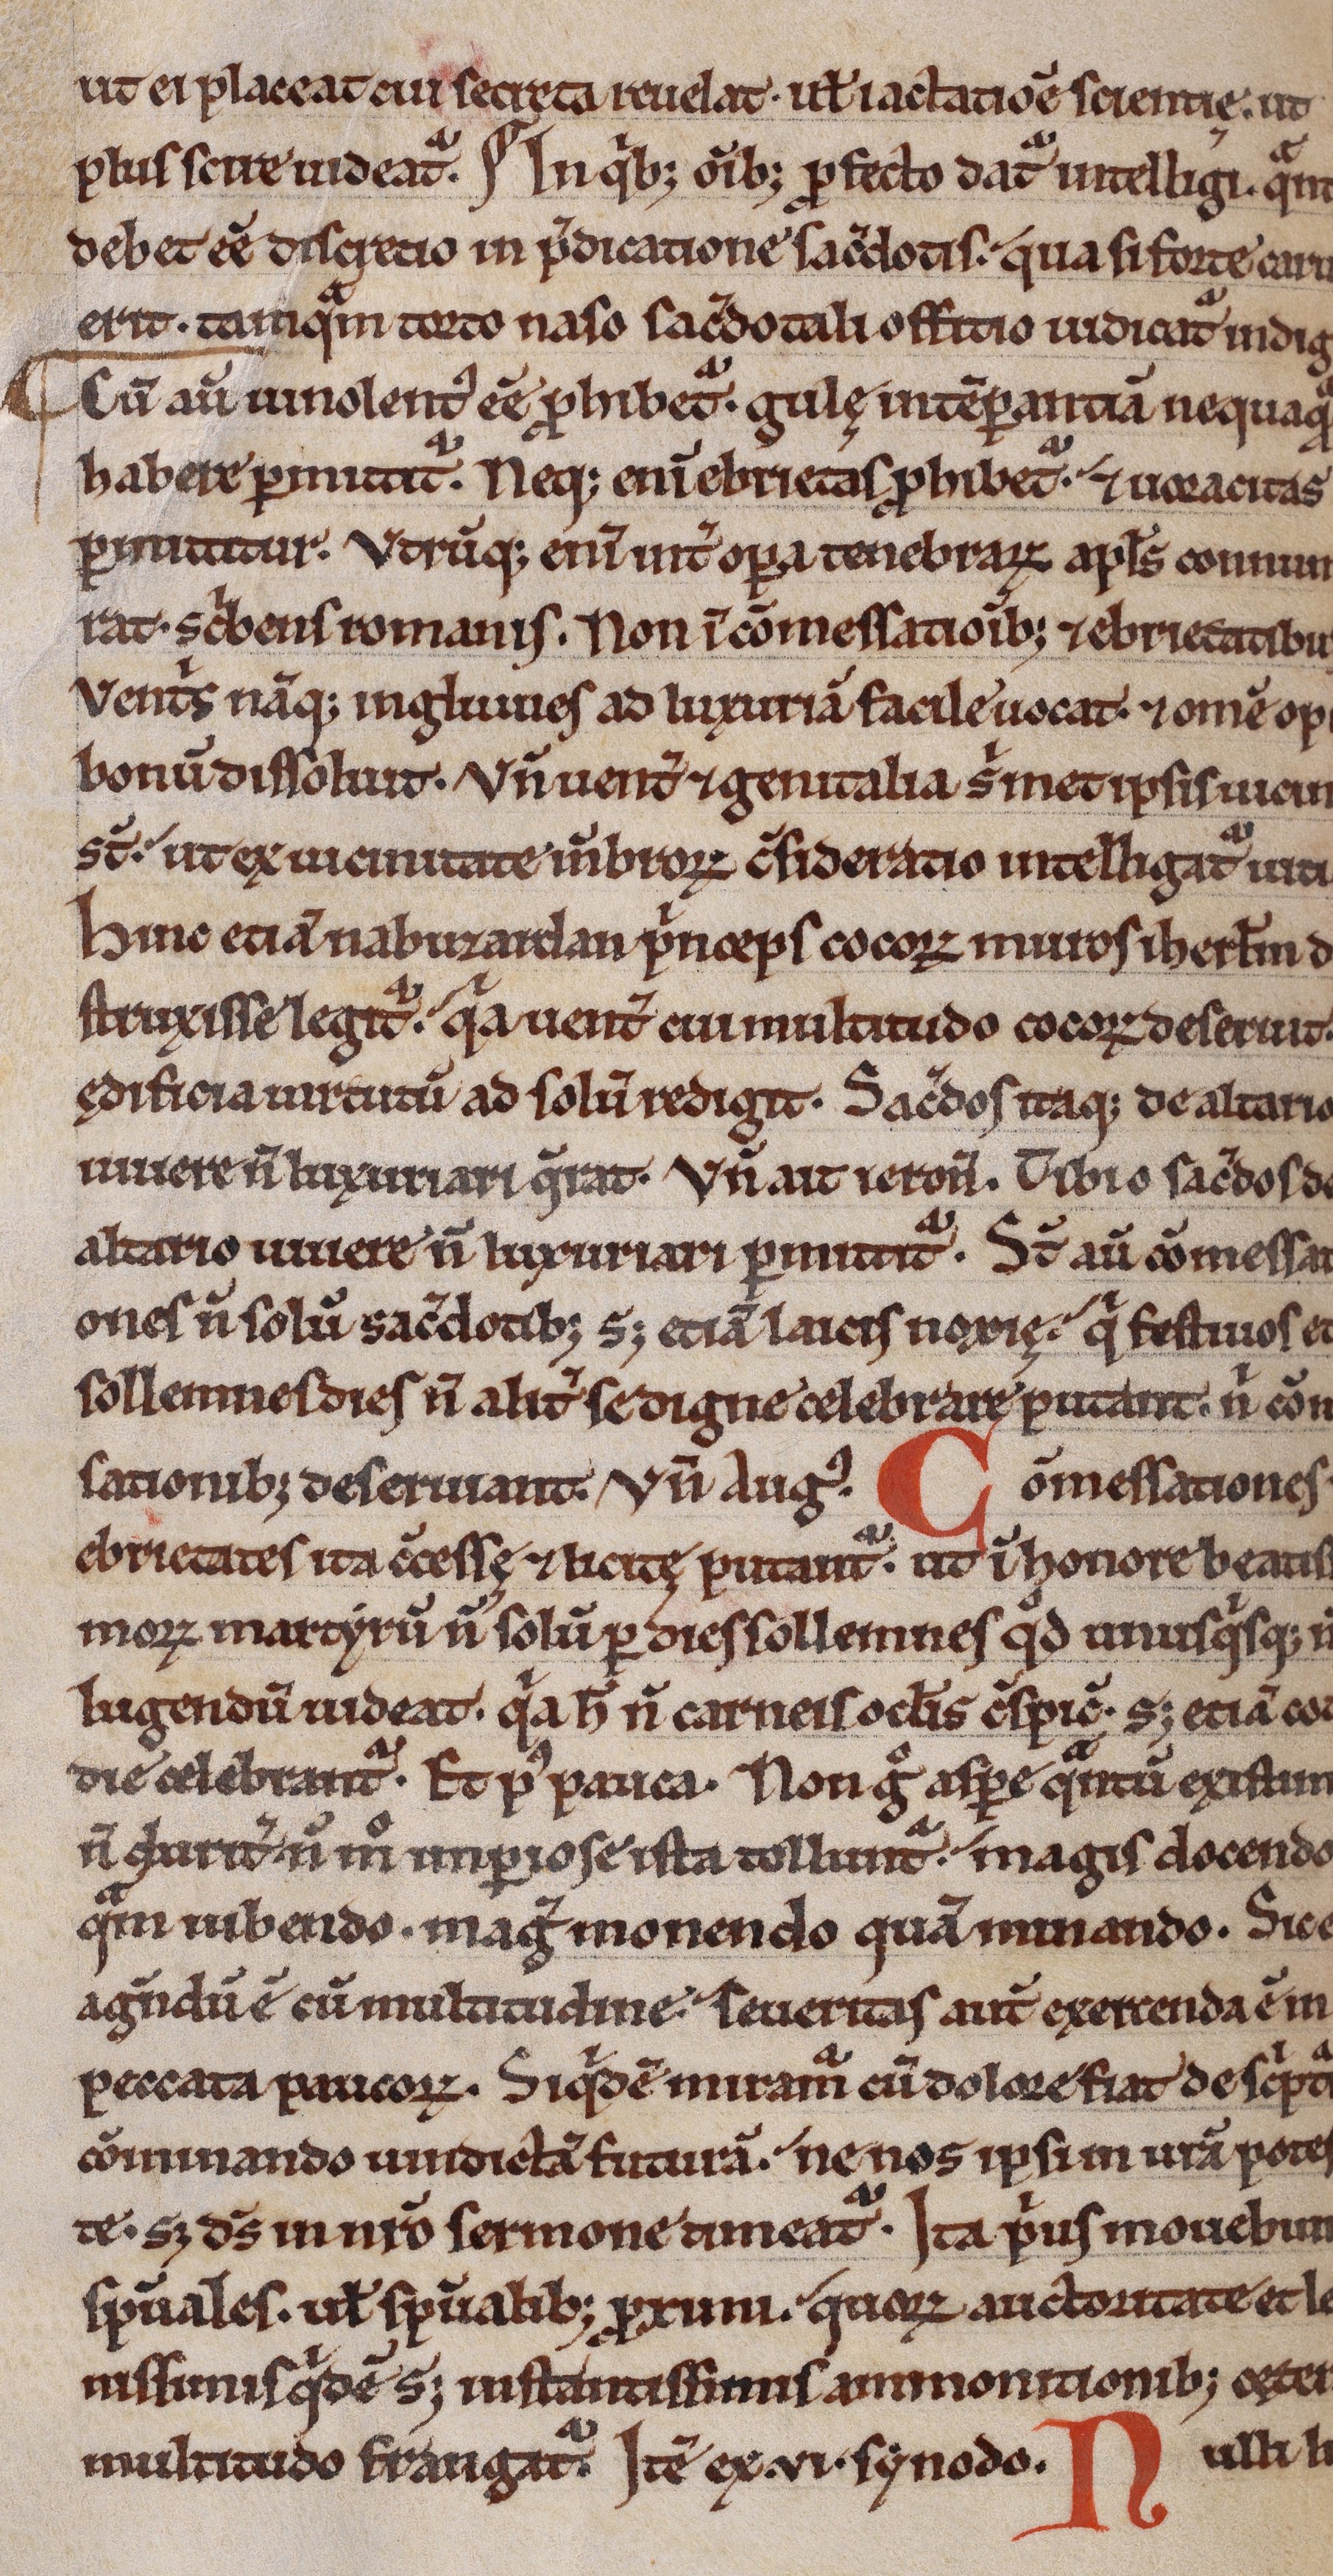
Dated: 1200–1230